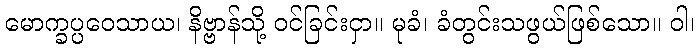
မောက္ခပ္ပဝေသာယ၊ နိဗ္ဗာန်သို့ ဝင်ခြင်းငှာ။ မုခံ၊ ခံတွင်းသဖွယ်ဖြစ်သော။ ဝါ၊